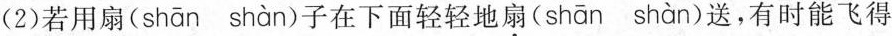
(2)若用扇( shān shàn )子在下面轻轻地扇( shān shàn )送，有时能飞得